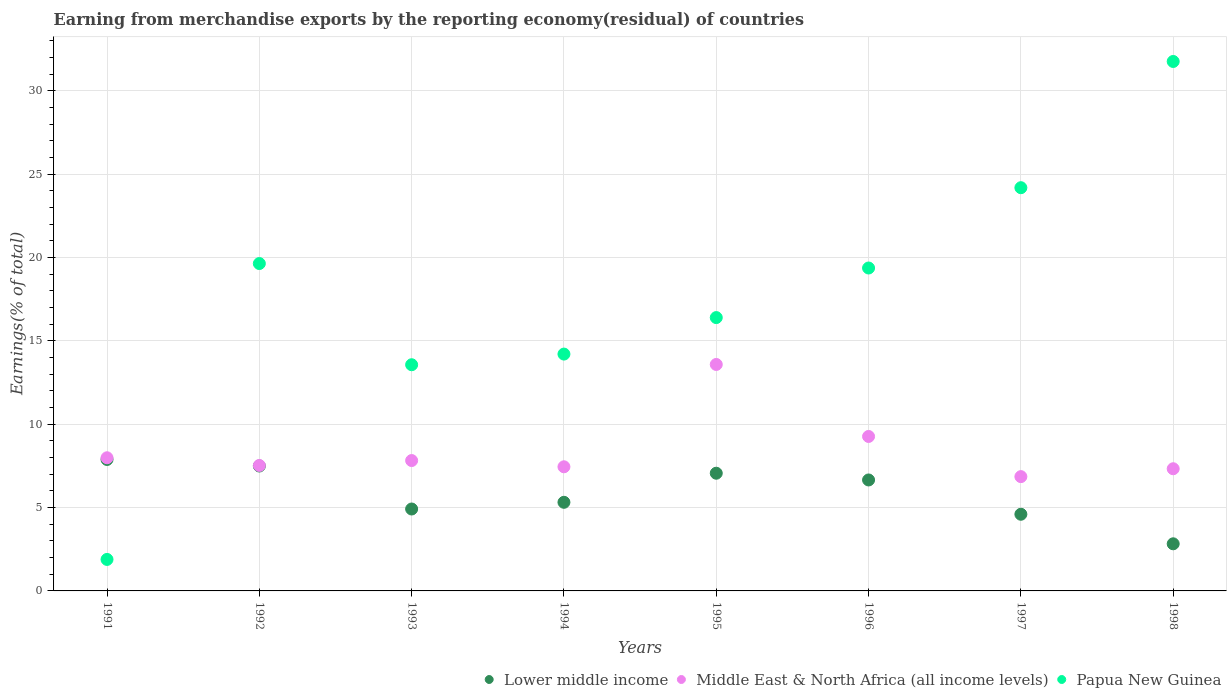
| Years | Lower middle income | Middle East & North Africa (all income levels) | Papua New Guinea |
 | --- | --- | --- | --- |
 | 1991 | 7.88 | 7.99 | 1.89 |
 | 1992 | 7.49 | 7.52 | 19.6 |
 | 1993 | 4.91 | 7.82 | 13.6 |
 | 1994 | 5.32 | 7.45 | 14.2 |
 | 1995 | 7.06 | 13.6 | 16.4 |
 | 1996 | 6.66 | 9.26 | 19.4 |
 | 1997 | 4.6 | 6.86 | 24.2 |
 | 1998 | 2.83 | 7.33 | 31.8 |